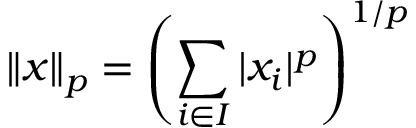
\left\| x \right\| _ { p } = \left( \sum _ { i \in I } | x _ { i } | ^ { p } \right) ^ { 1 / p }